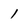
Character: 1